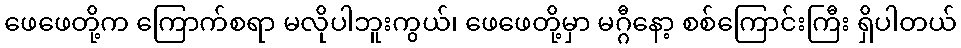
ဖေဖေတို့က ကြောက်စရာ မလိုပါဘူးကွယ်၊ ဖေဖေတို့မှာ မဂ္ဂီနော့ စစ်ကြောင်းကြီး ရှိပါတယ်